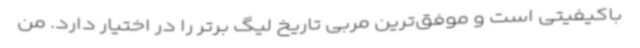
باکیفیتی است و موفق‌ترین مربی تاریخ لیگ برتر را در اختیار دارد. من